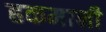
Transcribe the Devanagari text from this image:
हकमानी